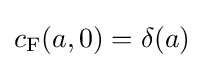
c_{\rm {F}}(a,0)=\delta (a)